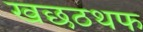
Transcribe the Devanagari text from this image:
खछठथफ